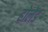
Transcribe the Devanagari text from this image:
होलेंड